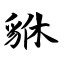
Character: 貅